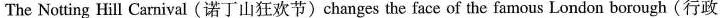
The Notting Hill Carnival( 诺丁山狂欢节 )changes the face of the famous London borough( 行政